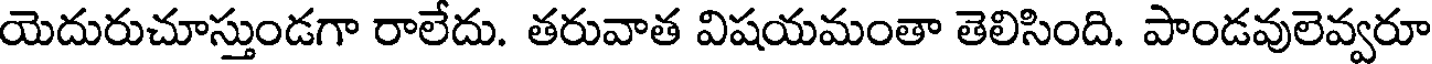
యెదురుచూస్తుండగా రాలేదు. తరువాత విషయమంతా తెలిసింది. పాండవులెవ్వరూ